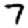
Digit: 7